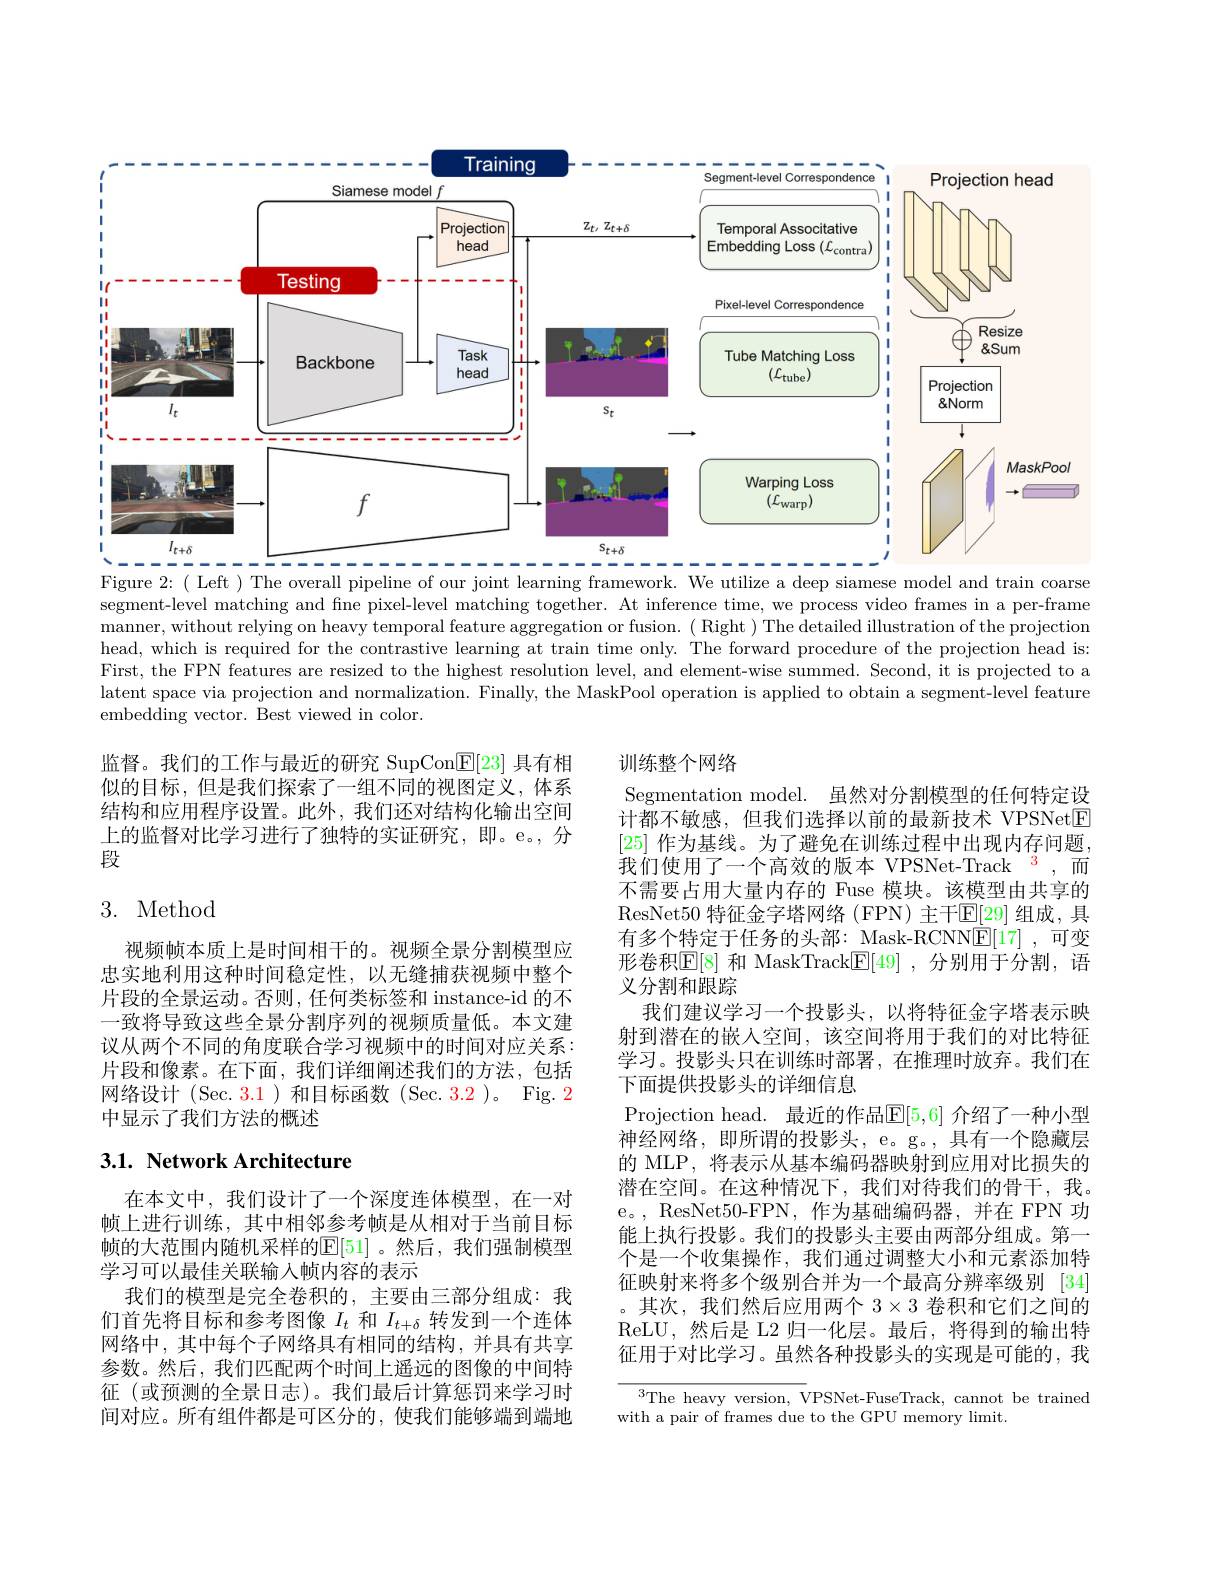
<FigureHere>
Figure 2:( Left ) The overall pipeline of our joint learning framework. We utilize a deep siamese model and train coarse

segment-level matching and fine pixel-level matching together. At inference time, we process video frames in a per-frame manner, without relying on heavy temporal feature aggregation or fusion. ( Right ) The detailed illustration of the projection head, which is required for the contrastive learning at train time only. The forward procedure of the projection head is: First, the FPN features are resized to the highest resolution level, and element-wise summed. Second, it is projected to a latent space via projection and normalization. Finally, the MaskPool operation is applied to obtain a segment-level feature embedding vector. Best viewed in color.

监督。我们的工作与最近的研究 SupCon$\mathbb{E}[23]$具有相似的目标，但是我们探索了一组不同的视图定义，体系结构和应用程序设置。此外，我们还对结构化输出空间上的监督对比学习进行了独特的实证研究，即。e。,分段

## 3. Method

视频帧本质上是时间相干的。视频全景分割模型应忠实地利用这种时间稳定性，以无缝捕获视频中整个片段的全景运动。否则，任何类标签和 instance-id 的不一致将导致这些全景分割序列的视频质量低。本文建议从两个不同的角度联合学习视频中的时间对应关系： 片段和像素。在下面，我们详细阐述我们的方法，包括网络设计 (Sec. 3.1)和目标函数 (Sec. 3.2 )。Fig. 2中显示了我们方法的概述

训练整个网络
Segmentation model. 虽然对分割模型的任何特定设计都不敏感，但我们选择以前的最新技术 ***NetE [25]作为基线。为了避免在训练过程中出现内存问题我们使用了一个高效的版本 ***Net-Track $^{3}$,而不需要占用大量内存的 Fuse 模块。该模型由共享的ResNet50 特征金字塔网络 (FPN) 主干$\mathbb{E}[29]$ 组成，具有多个特定于任务的头部：Mask-RCNN$\mathbb{E}[17]$,可变形卷积$\mathbb{E}[8]$ 和 MaskTrack$\mathbb{E}[49]$ ,分别用于分割，语义分割和跟踪
我们建议学习一个投影头，以将特征金字塔表示映射到潜在的嵌入空间，该空间将用于我们的对比特征学习。投影头只在训练时部署，在推理时放弃。我们在下面提供投影头的详细信息
Projection head. 最近的作品$\mathbb{E}[5,6]$ 介绍了一种小型神经网络，即所谓的投影头，e。g。, 具有一个隐藏层的 MLP, 将表示从基本编码器映射到应用对比损失的潜在空间。在这种情况下，我们对待我们的骨干，我。e。, ResNet50-FPN, 作为基础编码器，并在 FPN 功能上执行投影。我们的投影头主要由两部分组成。第一个是一个收集操作，我们通过调整大小和元素添加特征映射来将多个级别合并为一个最高分辨率级别 [34] 。其次，我们然后应用两个$3\times3$卷积和它们之间的ReLU,然后是 L2 归一化层。最后，将得到的输出特征用于对比学习。虽然各种投影头的实现是可能的，我

## 3.1. Network Architecture

在本文中，我们设计了一个深度连体模型，在一对帧上进行训练，其中相邻参考帧是从相对于当前目标帧的大范围内随机采样的$\mathbb{E}[51]$。然后，我们强制模型学习可以最佳关联输入帧内容的表示
我们的模型是完全卷积的，主要由三部分组成：我们首先将目标和参考图像$I_t$和$I_{t+\delta}$转发到一个连体网络中，其中每个子网络具有相同的结构，并具有共享参数。然后，我们匹配两个时间上遥远的图像的中间特征(或预测的全景日志)。我们最后计算惩罚来学习时间对应。所有组件都是可区分的，使我们能够端到端地

$^{3}$The heavy version, ***Net-FuseTrack, cannot be trained
with a pair of frames due to the GPU memory limit.